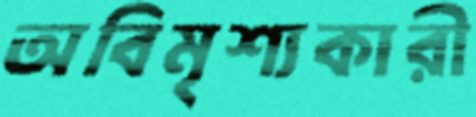
অবিমৃশ্যকারী